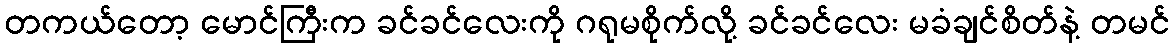
တကယ်တော့ မောင်ကြီးက ခင်ခင်လေးကို ဂရုမစိုက်လို့ ခင်ခင်လေး မခံချင်စိတ်နဲ့ တမင်